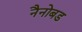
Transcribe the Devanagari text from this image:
नैनोबड